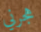
هجرني